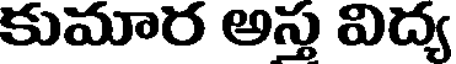
కుమార అస్త విద్య